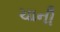
ચાની